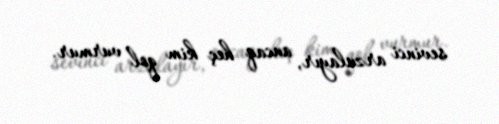
sevinci arzulayır, ancaq heç kim qol vurmur.